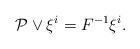
LaTeX: \begin{align*}\mathcal{P}\vee\xi^i=F^{-1}\xi^i.\end{align*}